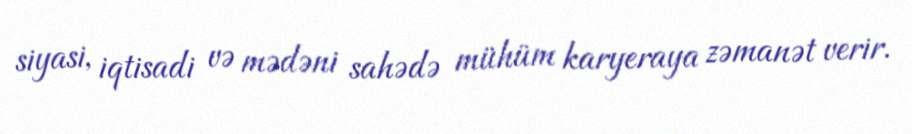
siyasi, iqtisadi və mədəni sahədə mühüm karyeraya zəmanət verir.